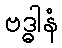
ဗဒ္ဓါနံ